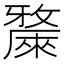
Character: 𣀗